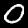
Digit: 0